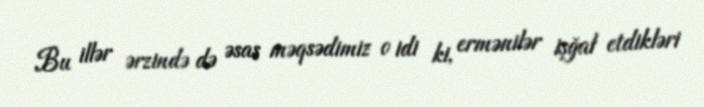
Bu illər ərzində də əsas məqsədimiz o idi ki, ermənilər işğal etdikləri